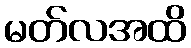
မတ်လအထိ